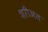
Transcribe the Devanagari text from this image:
शरीअत